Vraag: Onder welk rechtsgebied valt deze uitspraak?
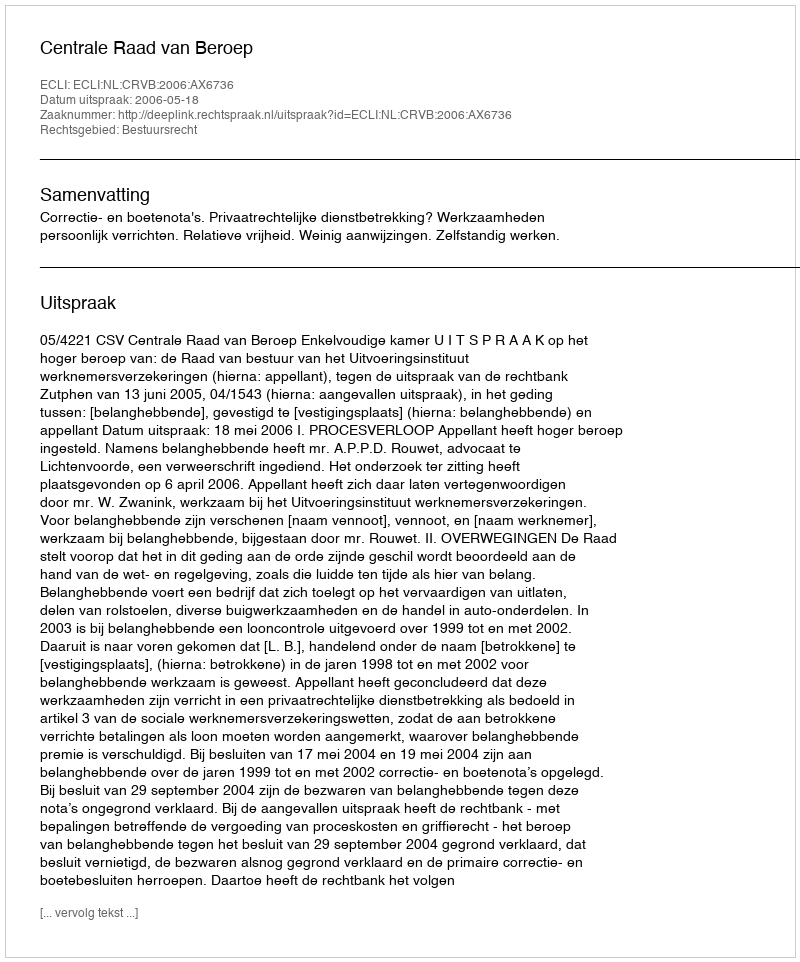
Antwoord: Bestuursrecht